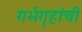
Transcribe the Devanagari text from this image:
गर्भगृहांची